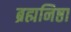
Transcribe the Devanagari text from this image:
ब्रह्मनिष्ठा